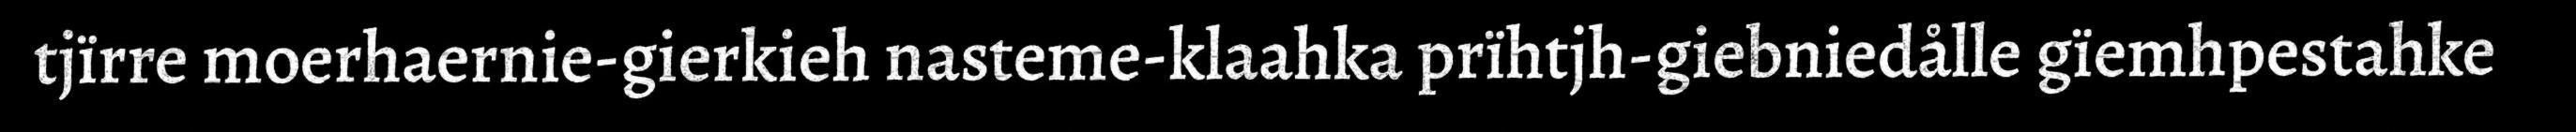
tjïrre moerhaernie-gierkieh nasteme-klaahka prïhtjh-giebniedålle gïemhpestahke